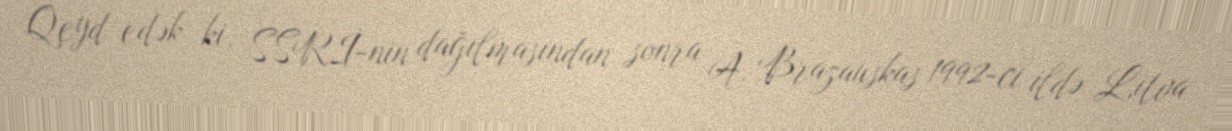
Qeyd edək ki, SSRİ-nin dağılmasından sonra A. Brazauskas 1992-ci ildə Litva